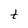
Character: t